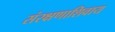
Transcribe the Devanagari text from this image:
संरक्षणाशिवाय